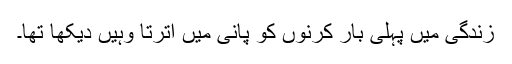
زندگی میں پہلی بار کرنوں کو پانی میں اترتا وہیں دیکھا تھا۔